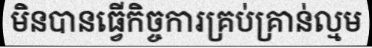
មិនបានធ្វើកិច្ចការគ្រប់គ្រាន់ល្មម